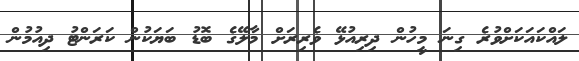
ލައްކައަކަށްވުރެ ގިނަ މީހުން ދިރިއުޅޭ ވެރިރަަށް މާލޭގެ ބޮޑު ބަޔަކުން ކަރަންޓު ދިއުމުން